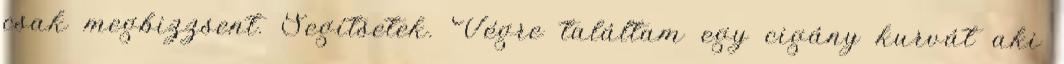
csak megbizzsent. Segítsetek. Végre találtam egy cigány kurvát aki